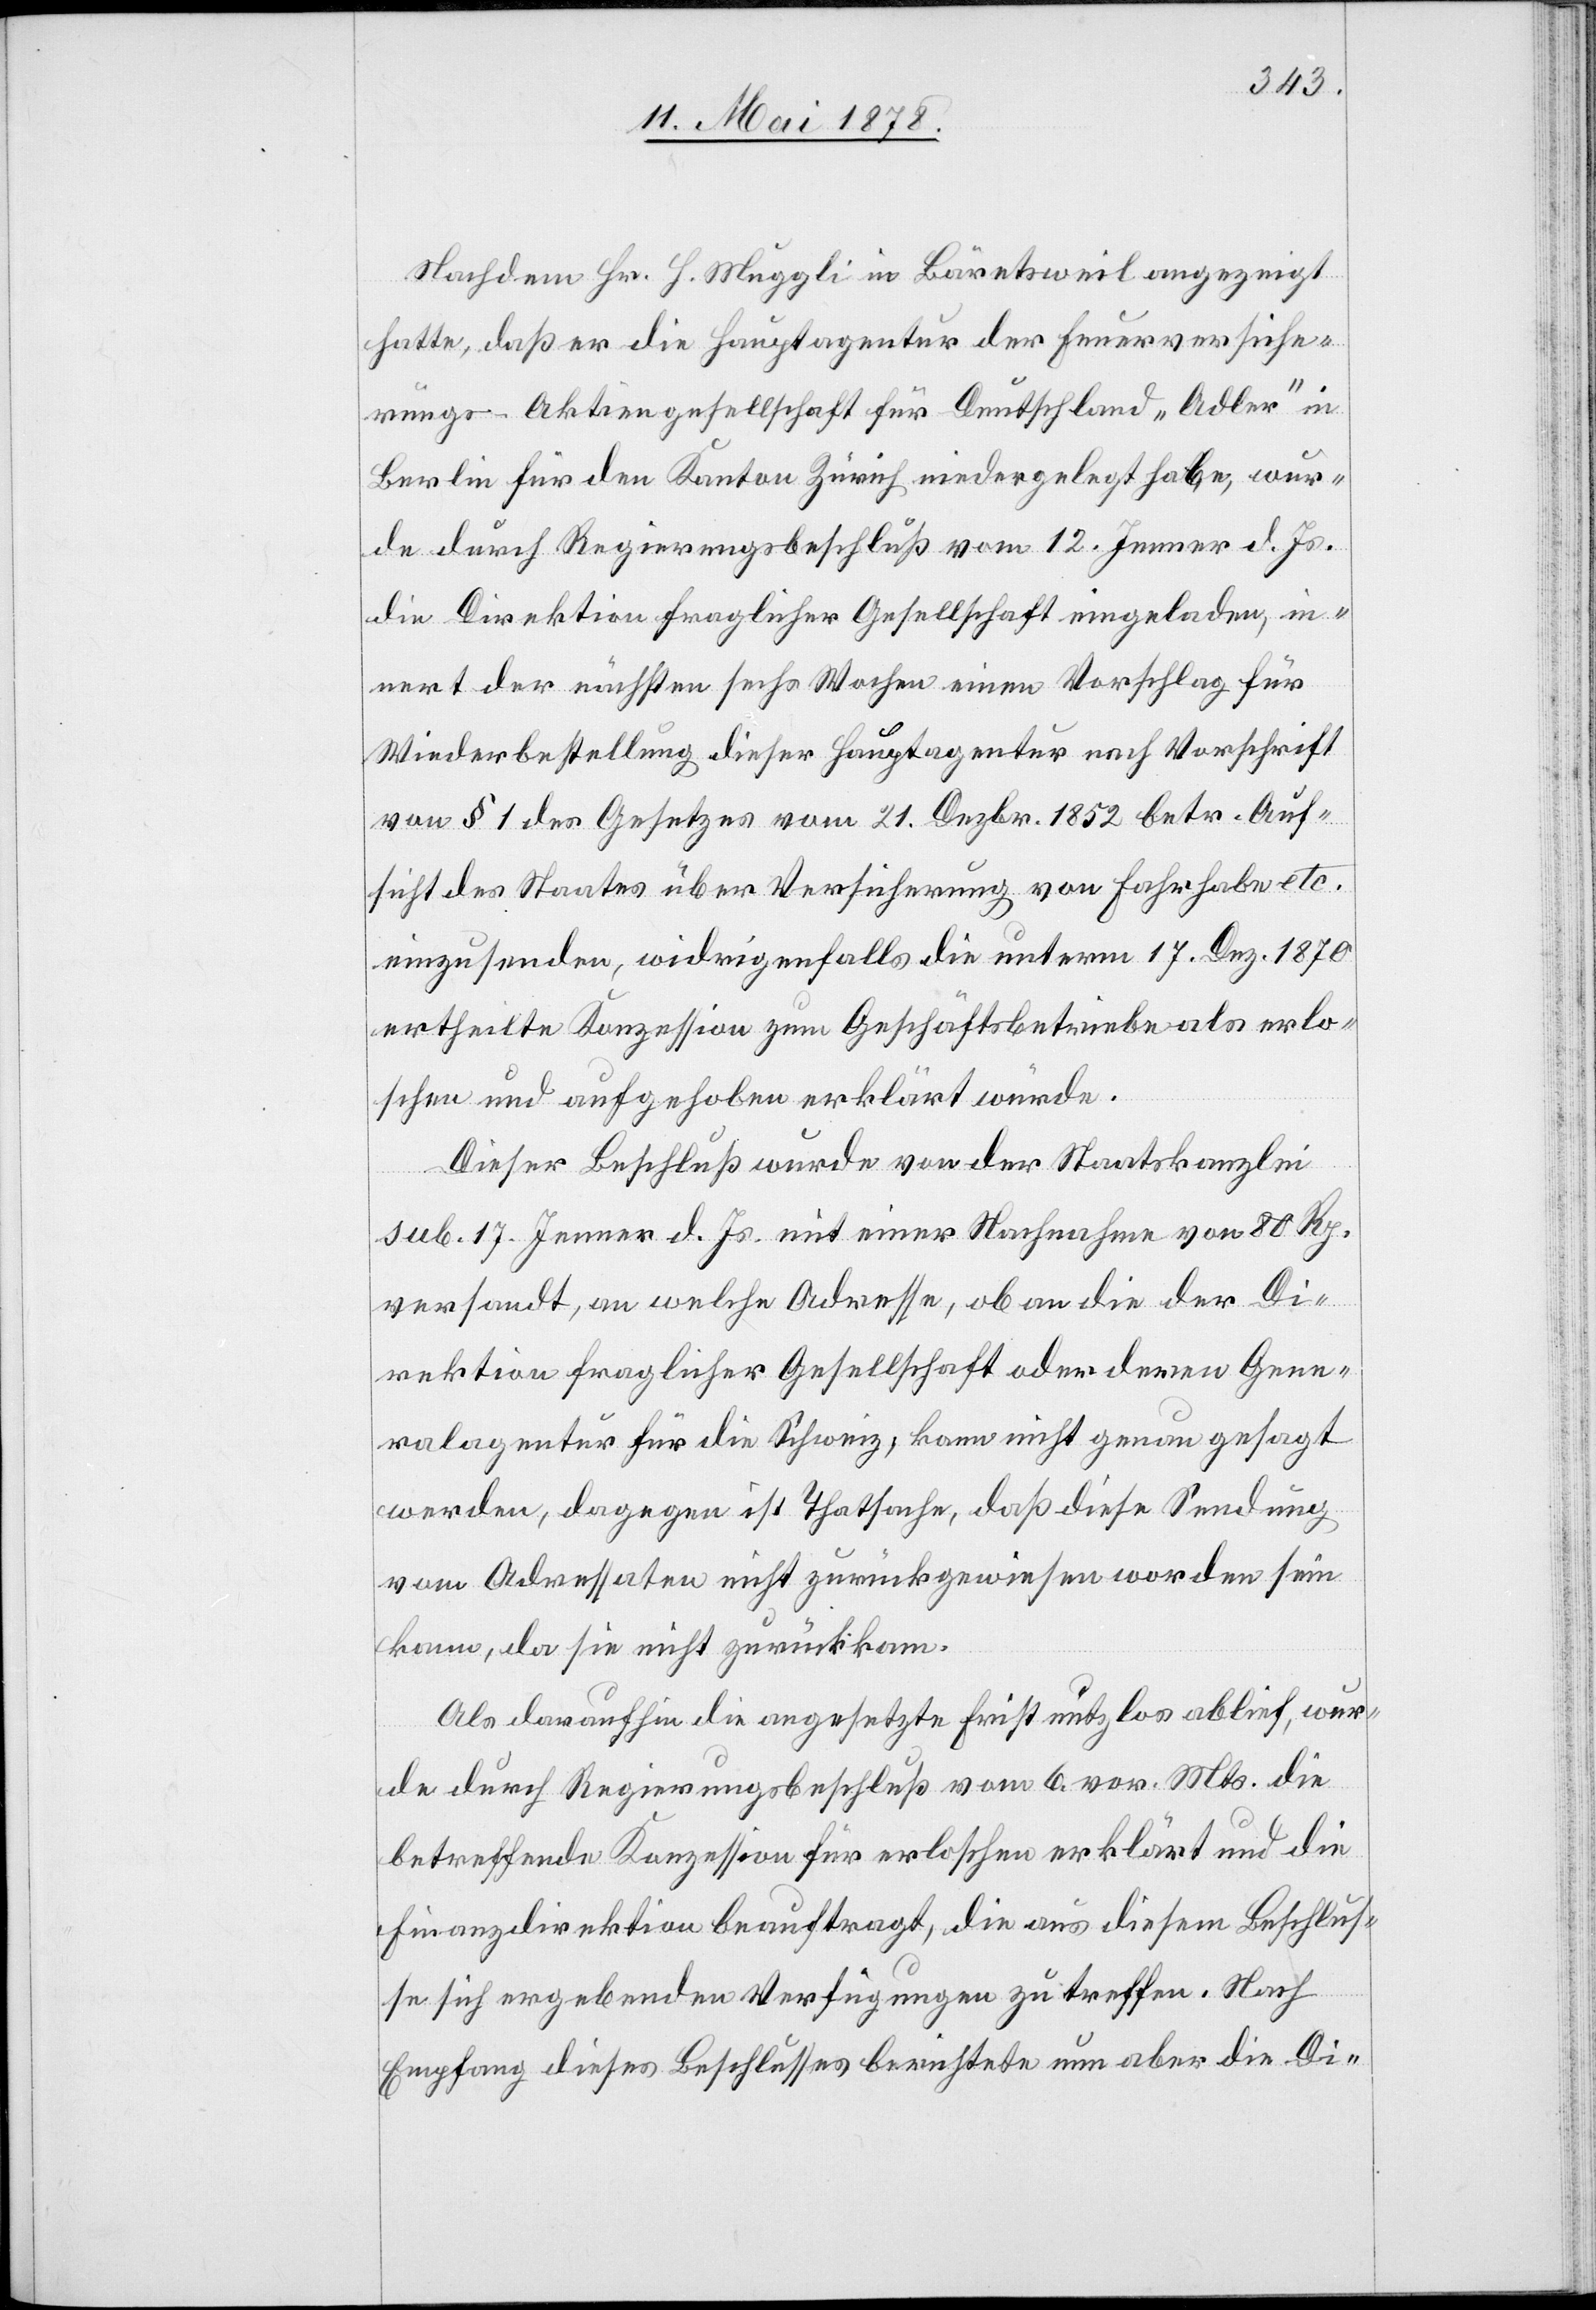
Nachdem Hr. H. Muggli in Bäretsweil angezeigt
hatte, daß er die Hauptagentur der Feuerversiche¬
rungs-Aktiengesellschaft für Deutschland „Adler“ in
Berlin für den Kanton Zürich niedergelegt habe, wur¬
de durch Regierungsbeschluß vom 12. Jenner d. Js.
die Direktion fraglicher Gesellschaft eingeladen, in¬
nert der nächsten sechs Wochen einen Vorschlag für
Wiederbestellung dieser Hauptagentur nach Vorschrift
von § 1 des Gesetzes vom 21. Dezbr. 1852 betr. Auf¬
sicht des Staates über Versicherung von Fahrhabe etc.
einzusenden, widrigenfalls die unterm 17. Dez. 1870
ertheilte Konzession zum Geschäftsbetriebe als erlo¬
schen und aufgehoben erklärt würde.
Dieser Beschluß wurde von der Staatskanzlei
sub. 17. Jenner d. Js. mit einer Nachnahme von 80 Rp.
versandt, an welche Adresse, ob an die der Di¬
rektion fraglicher Gesellschaft oder deren Gene¬
ralagentur für die Schweiz, kann nicht genau gesagt
werden, dagegen ist Thatsache, daß diese Sendung
vom Adressaten nicht zurückgewiesen worden sein
kann, da sie nicht zurückkam.
Als daraufhin die angesetzte Frist nutzlos ablief, wur¬
de durch Regierungsbeschluß vom 6. vor. Mts. die
betreffende Konzession für erloschen erklärt und die
Finanzdirektion beauftragt, die aus diesem Beschlus¬
se sich ergebenden Verfügungen zu treffen. Nach
Empfang dieses Beschlusses berichtete nun aber die Di-